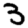
Digit: 3